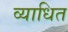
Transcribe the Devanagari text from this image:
व्याधित